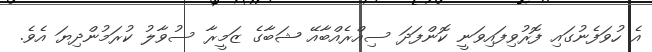
އެ ހުވަފެނުގައި ފޮރުވިފައިވަނީ ކޮންފަދަ ސިއްރެއްބާއޭ ޝަބާގެ ޒަމީރާ ސުވާލު ކުރަމުންދިޔަ އެވެ.